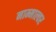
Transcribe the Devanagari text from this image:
नाम्माल्वर